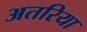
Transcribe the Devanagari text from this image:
अतरिया